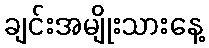
ချင်းအမျိုးသားနေ့